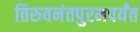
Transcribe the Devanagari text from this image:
तिरुवनंतपुरमपर्यंत